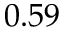
0 . 5 9